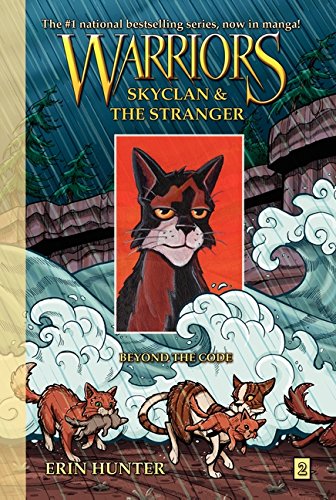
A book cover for Warriors: SkyClan and the Stranger #2: Beyond the Code (Warriors Manga); Erin Hunter; Children's Books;